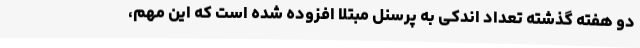
دو هفته گذشته تعداد اندکی به پرسنل مبتلا افزوده شده است که این مهم،